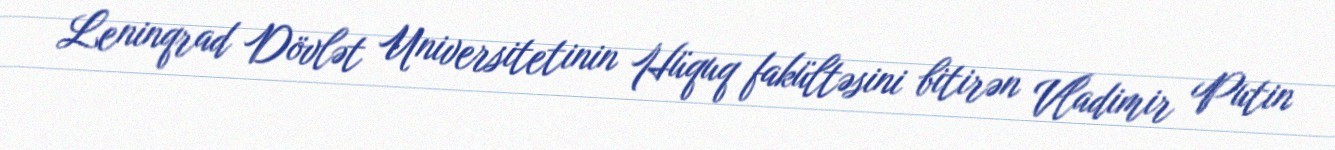
Leninqrad Dövlət Universitetinin Hüquq fakültəsini bitirən Vladimir Putin